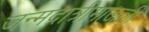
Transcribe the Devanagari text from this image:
जन्मदात्रीमाऊली